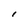
Character: I